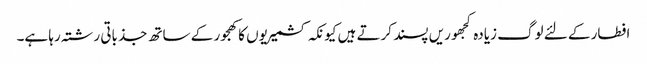
افطار کے لئے لوگ زیادہ کجھوریں پسند کرتے ہیں کیونکہ کشمیریوں کا کھجور کے ساتھ جذباتی رشتہ رہا ہے۔